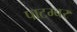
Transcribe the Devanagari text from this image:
पाटम्बर